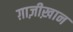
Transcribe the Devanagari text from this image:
ग़ाज़ीख़ान